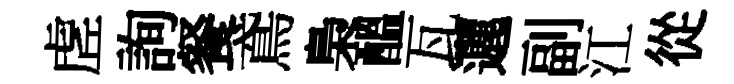
虗詢餐鳶梟醖瓦邐副江從